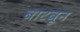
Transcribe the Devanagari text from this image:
बाटवून